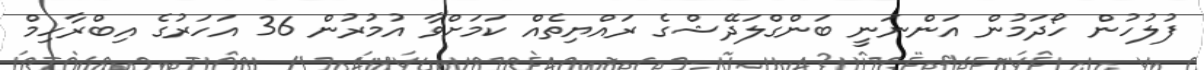
ފުލުހުން ހޯދަމުން އަންނަނީ ބަންގްލަދޭޝްގެ ރައްޔިތެއް ކަމަށްވާ އުމުރުން 36 އަހަރުގެ އިބްރާހިމް